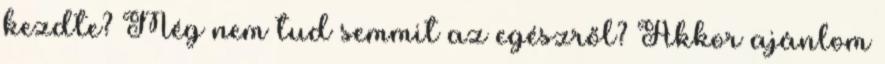
kezdte? Még nem tud semmit az egészről? Akkor ajánlom